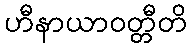
ဟီနာယာဝတ္တီတိ